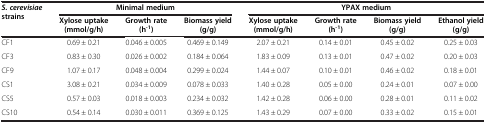
<table><thead><tr><td><b><i>S. cerevisiae </i>strains</b></td><td colspan="3"><b>Minimal medium</b></td><td colspan="4"><b>YPAX medium</b></td></tr><tr><td><b> </b></td><td><b>Xylose uptake (mmol/g/h)</b></td><td><b>Growth rate (h<sup>-1</sup>)</b></td><td><b>Biomass yield (g/g)</b></td><td><b>Xylose uptake (mmol/g/h)</b></td><td><b>Growth rate (h<sup>-1</sup>)</b></td><td><b>Biomass yield (g/g)</b></td><td><b>Ethanol yield (g/g)</b></td></tr></thead><tbody><tr><td>CF1</td><td>0.69 ± 0.21</td><td>0.046 ± 0.005</td><td>0.469 ± 0.149</td><td>2.07 ± 0.21</td><td>0.14 ± 0.01</td><td>0.45 ± 0.02</td><td>0.25 ± 0.03</td></tr><tr><td>CF3</td><td>0.83 ± 0.30</td><td>0.026 ± 0.002</td><td>0.184 ± 0.064</td><td>1.83 ± 0.09</td><td>0.13 ± 0.01</td><td>0.47 ± 0.02</td><td>0.20 ± 0.03</td></tr><tr><td>CF9</td><td>1.07 ± 0.17</td><td>0.048 ± 0.004</td><td>0.299 ± 0.024</td><td>1.44 ± 0.07</td><td>0.10 ± 0.01</td><td>0.46 ± 0.02</td><td>0.18 ± 0.01</td></tr><tr><td>CS1</td><td>3.08 ± 0.21</td><td>0.034 ± 0.009</td><td>0.078 ± 0.033</td><td>1.40 ± 0.28</td><td>0.05 ± 0.00</td><td>0.24 ± 0.01</td><td>0.07 ± 0.00</td></tr><tr><td>CS5</td><td>0.57 ± 0.03</td><td>0.018 ± 0.003</td><td>0.234 ± 0.032</td><td>1.42 ± 0.28</td><td>0.06 ± 0.00</td><td>0.28 ± 0.01</td><td>0.11 ± 0.02</td></tr><tr><td>CS10</td><td>0.54 ± 0.14</td><td>0.030 ± 0.011</td><td>0.369 ± 0.125</td><td>1.43 ± 0.29</td><td>0.07 ± 0.00</td><td>0.33 ± 0.02</td><td>0.15 ± 0.01</td></tr></tbody></table>